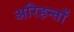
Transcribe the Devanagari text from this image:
अरिहन्तों